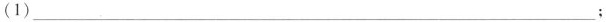
(1)___；